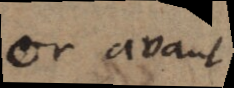
or avant